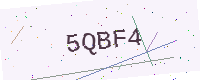
Text: 5QBF4